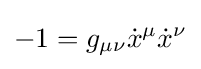
-1=g_{\mu \nu }{\dot {x}}^{\mu }{\dot {x}}^{\nu }